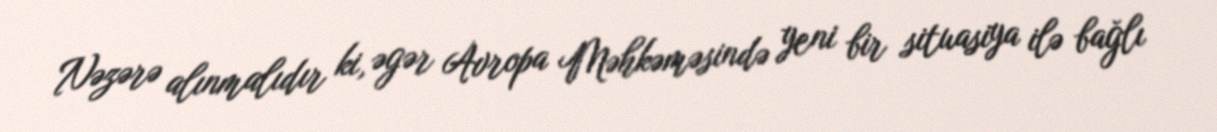
Nəzərə alınmalıdır ki, əgər Avropa Məhkəməsində yeni bir situasiya ilə bağlı